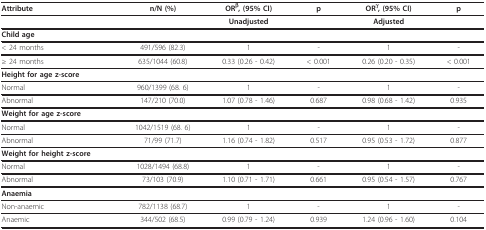
| Attribute | n/N (%) | ORβ, (95% CI) | p | ORγ, (95% CI) | p |
 | --- | --- | --- | --- | --- | --- |
 |  |  | Unadjusted |  | Adjusted |  |
 | Child age |  |  |  |  |  |
 | < 24 months | 491/596 (82.3) | 1 | - | 1 | - |
 | ≥ 24 months | 635/1044 (60.8) | 0.33 (0.26 - 0.42) | < 0.001 | 0.26 (0.20 - 0.35) | < 0.001 |
 | Height for age z-score |  |  |  |  |  |
 | Normal | 960/1399 (68. 6) | 1 | - | 1 | - |
 | Abnormal | 147/210 (70.0) | 1.07 (0.78 - 1.46) | 0.687 | 0.98 (0.68 - 1.42) | 0.935 |
 | Weight for age z-score |  |  |  |  |  |
 | Normal | 1042/1519 (68. 6) | 1 | - | 1 | - |
 | Abnormal | 71/99 (71.7) | 1.16 (0.74 - 1.82) | 0.517 | 0.95 (0.53 - 1.72) | 0.877 |
 | Weight for height z-score |  |  |  |  |  |
 | Normal | 1028/1494 (68.8) | 1 | - | 1 | - |
 | Abnormal | 73/103 (70.9) | 1.10 (0.71 - 1.71) | 0.661 | 0.95 (0.54 - 1.57) | 0.767 |
 | Anaemia |  |  |  |  |  |
 | Non-anaemic | 782/1138 (68.7) | 1 | - | 1 | - |
 | Anaemic | 344/502 (68.5) | 0.99 (0.79 - 1.24) | 0.939 | 1.24 (0.96 - 1.60) | 0.104 |